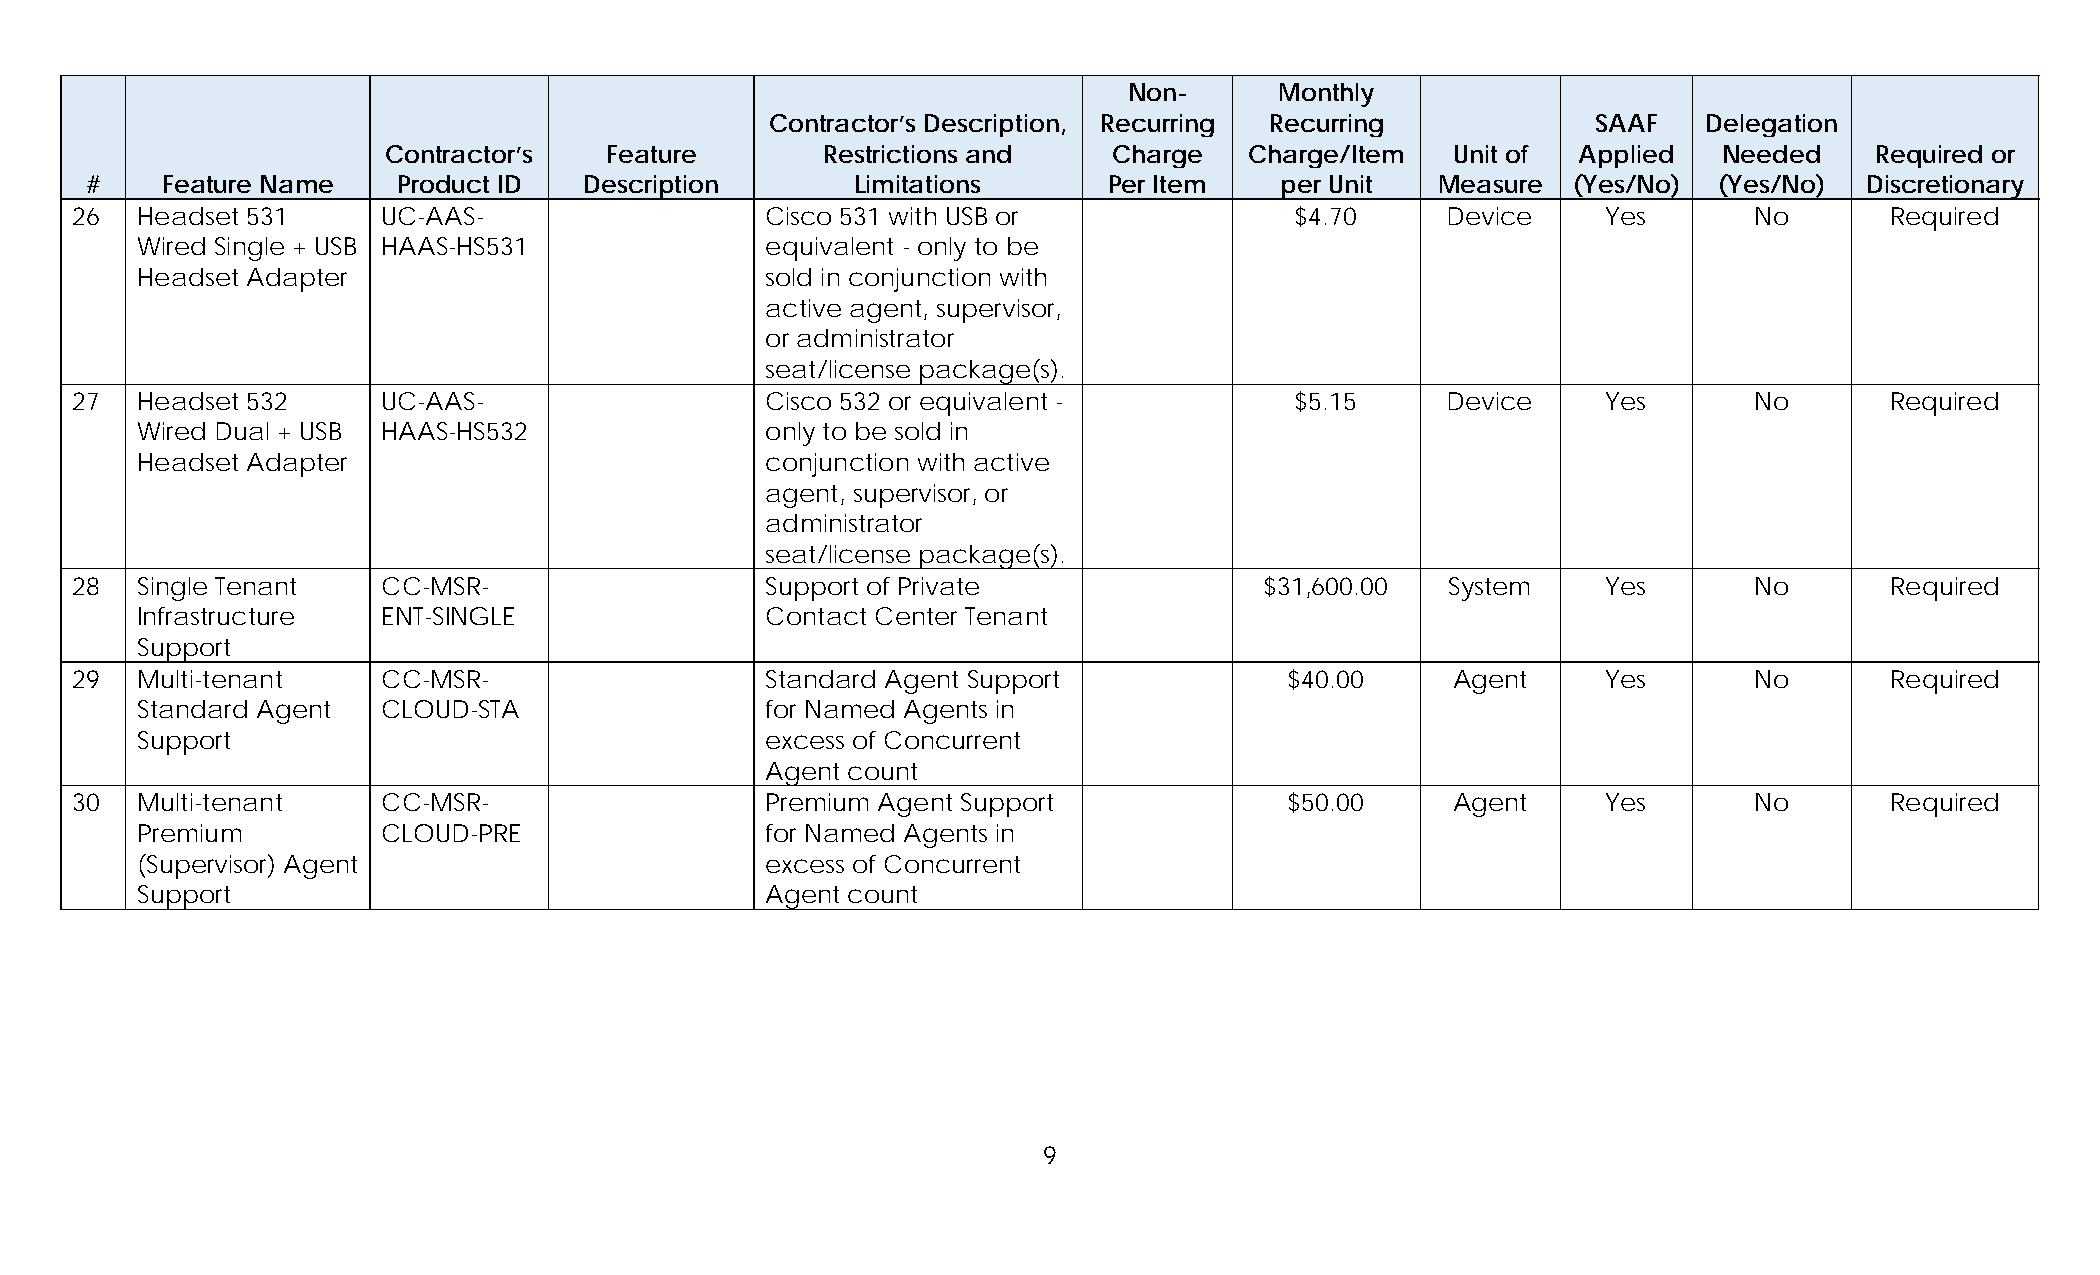
Non-      Monthly
 Contractor’s Description, Recurring Recurring          SAAF   Delegation
 Contractor’s  Feature        Restrictions and   Charge   Charge/Item  Unit of  Applied  Needed    Required or
 #    Feature Name   Product ID   Description       Limitations     Per Item    per Unit  Measure  (Yes/No)  (Yes/No)  Discretionary
 26  Headset 531     UC-AAS-                   Cisco 531 with USB or              $4.70     Device    Yes       No       Required
 Wired Single + USB HAAS-HS531             equivalent - only to be
 Headset Adapter                           sold in conjunction with
 active agent, supervisor,
 or administrator
 seat/license package(s).
 27  Headset 532     UC-AAS-                   Cisco 532 or equivalent -          $5.15     Device    Yes       No       Required
 Wired Dual + USB HAAS-HS532               only to be sold in
 Headset Adapter                           conjunction with active
 agent, supervisor, or
 administrator
 seat/license package(s).
 28  Single Tenant   CC-MSR-                   Support of Private               $31,600.00  System    Yes       No       Required
 Infrastructure  ENT-SINGLE                Contact Center Tenant
 Support
 29  Multi-tenant    CC-MSR-                   Standard Agent Support            $40.00     Agent     Yes       No       Required
 Standard Agent  CLOUD-STA                 for Named Agents in
 Support                                   excess of Concurrent
 Agent count
 30  Multi-tenant    CC-MSR-                   Premium Agent Support             $50.00     Agent     Yes       No       Required
 Premium         CLOUD-PRE                 for Named Agents in
 (Supervisor) Agent                        excess of Concurrent
 Support                                   Agent count
 9